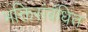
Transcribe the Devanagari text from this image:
भक्तिसंबंधित